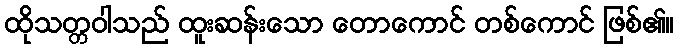
ထိုသတ္တဝါသည် ထူးဆန်းသော တောကောင် တစ်ကောင် ဖြစ်၏။